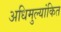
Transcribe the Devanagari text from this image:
अधिमुल्यांकित